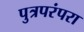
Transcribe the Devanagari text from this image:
पुत्रपरंपरा